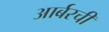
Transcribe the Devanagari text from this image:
आर्बरची